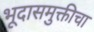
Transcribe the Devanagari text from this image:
भूदासमुक्तीचा